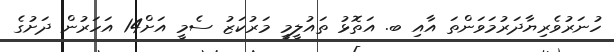
ހުނަރުވެރިޔާދަރުމަވަންތަ އާއި ބ. އަތޮޅު ތައުލީމީ މަރުކަޒު ސެމީ އަށް14 އަހަރުން ދަށުގެ